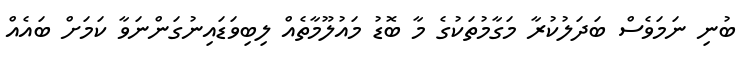
ބުނި ނަމަވެސް ބަދަލުކުރާ މަގާމުތަކުގެ މާ ބޮޑު މައުލޫމާތެއް ލިބިވަޑައިނުގަންނަވާ ކަމަށް ބައެއް